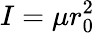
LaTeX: I=\mu r_{0}^{2}